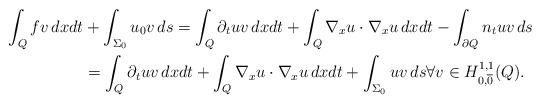
LaTeX: \begin{align*} \int_Q f v \,dx dt &+ \int_{\Sigma_0} u_0 v \,ds = \int_Q \partial_t u v \,dx dt + \int_Q \nabla_x u \cdot \nabla_x u \,dx dt - \int_{\partial Q} n_t u v \,ds \\ & = \int_Q \partial_t u v \,dx dt + \int_Q \nabla_x u \cdot \nabla_x u \,dx dt + \int_{\Sigma_0} u v\, ds \forall v \in H^{1,1}_{0,{\overline 0}}(Q). \end{align*}